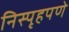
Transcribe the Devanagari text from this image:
निस्पृहपणे